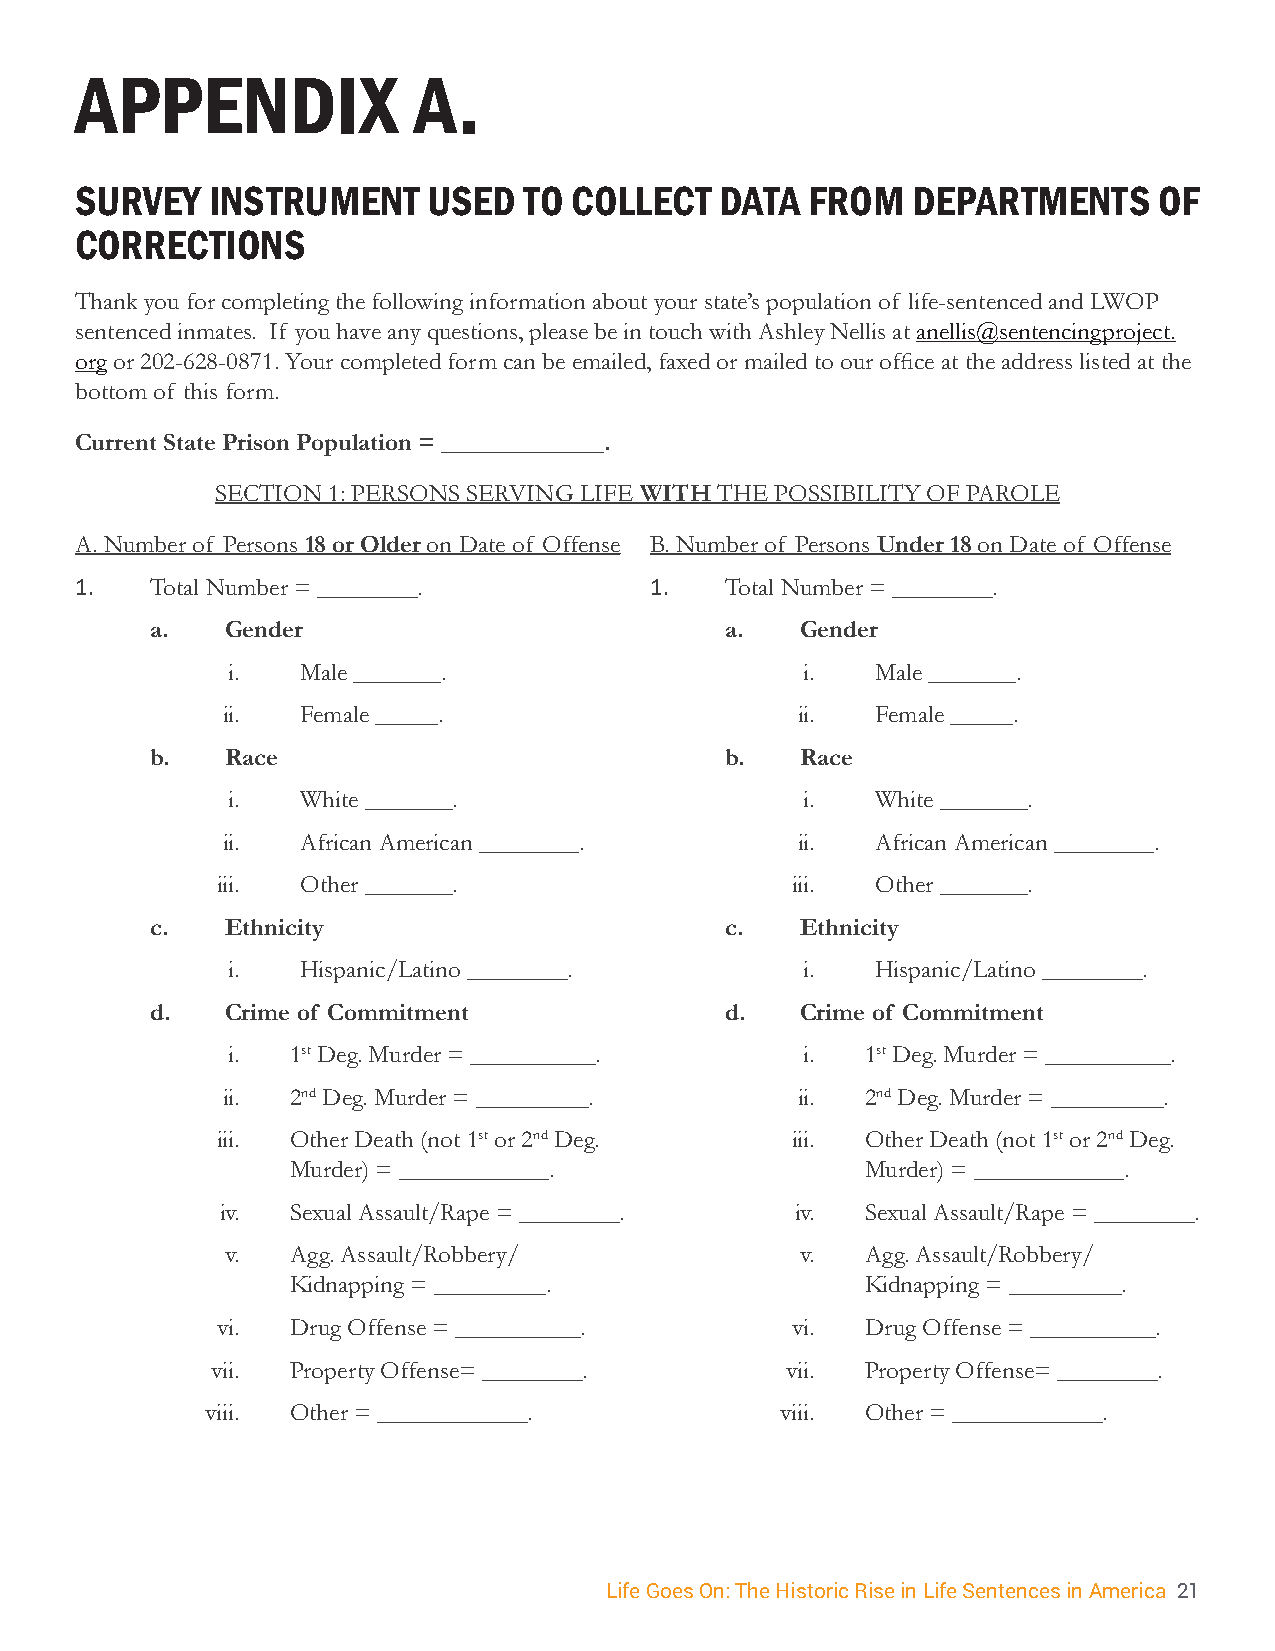
APPENDIX              A.
 SURVEY   INSTRUMENT    USED   TO COLLECT   DATA  FROM  DEPARTMENTS      OF
 CORRECTIONS
 Thank you for completing the following information about your state’s population of life-sentenced and LWOP
 sentenced inmates. If you have any questions, please be in touch with Ashley Nellis at anellis@sentencingproject.
 org or 202-628-0871. Your completed form can be emailed, faxed or mailed to our office at the address listed at the
 bottom of this form.
 Current State Prison Population = _____________.
 SECTION 1: PERSONS SERVING LIFE WITH THE POSSIBILITY OF PAROLE
 A. Number of Persons 18 or Older on Date of Offense B. Number of Persons Under 18 on Date of Offense
 1.   Total Number = ________.         1.   Total Number = ________.
 a.   Gender                           a.   Gender
 i.   Male _______.                    i.   Male _______.
 ii.  Female _____.                    ii.  Female _____.
 b.   Race                             b.   Race
 i.   White _______.                   i.   White _______.
 ii.  African American ________.       ii.  African American ________.
 iii.  Other _______.                  iii.  Other _______.
 c.   Ethnicity                        c.   Ethnicity
 i.   Hispanic/Latino ________.        i.   Hispanic/Latino ________.
 d.   Crime of Commitment              d.   Crime of Commitment
 i.  1st Deg. Murder = __________.     i.  1st Deg. Murder = __________.
 ii. 2nd Deg. Murder = _________.      ii. 2nd Deg. Murder = _________.
 iii. Other Death (not 1st or 2nd Deg. iii. Other Death (not 1st or 2nd Deg.
 Murder) = ____________.               Murder) = ____________.
 iv. Sexual Assault/Rape = ________.   iv. Sexual Assault/Rape = ________.
 v.  Agg. Assault/Robbery/             v.  Agg. Assault/Robbery/
 Kidnapping = _________.               Kidnapping = _________.
 vi.  Drug Offense = __________.       vi.  Drug Offense = __________.
 vii. Property Offense= ________.      vii. Property Offense= ________.
 viii. Other = ____________.           viii. Other = ____________.
 Life Goes On: The Historic Rise in Life Sentences in America 21